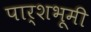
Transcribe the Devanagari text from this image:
पार्शभूमी